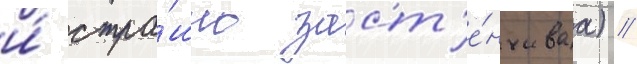
и́ стра́шно заст'е́нчиваа) //